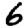
Digit: 6